Report of the Imperial Institute of Veterinary Research, Muktesar
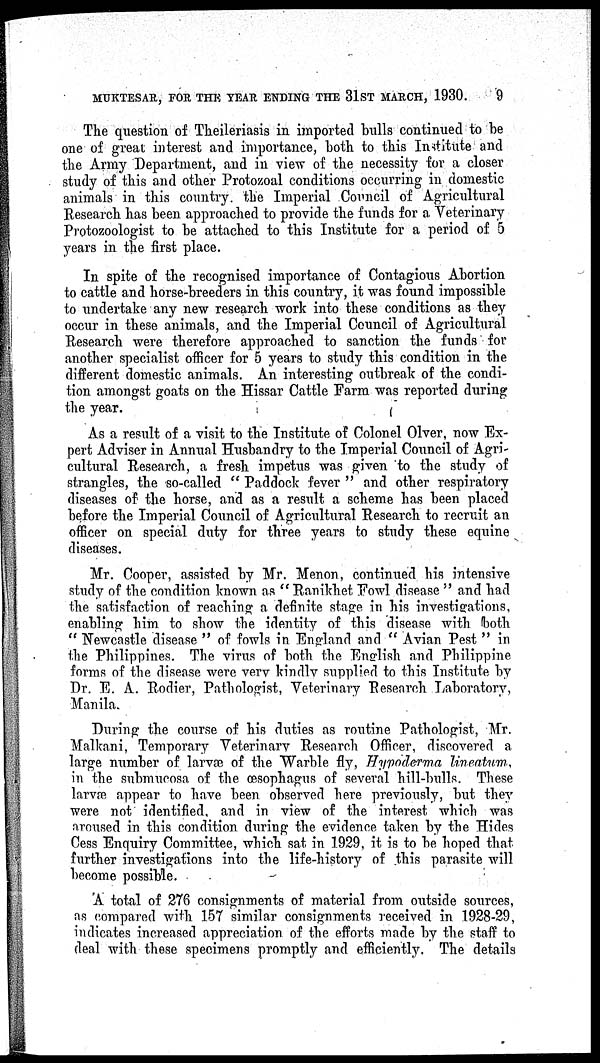
MUKTESAR, FOR THE YEAR ENDING THE 31ST MARCH, 1930.
9
The question of Theileriasis in imported bulls continued to be
one of great interest and importance, both to this Institute and
the Army Department, and in view of the necessity for a closer
study of this and other Protozoal conditions occurring in domestic
animals in this country. the Imperial Council of Agricultural
Research has been approached to provide the funds for a Veterinary
Protozoologist to be attached to this Institute for a period of 5
years in the first place.
In spite of the recognised importance of Contagious Abortion
to cattle and horse-breeders in this country, it was found impossible
to undertake any new research work into these conditions as they
occur in these animals, and the Imperial Council of Agricultural
Research were therefore approached to sanction the funds for
another specialist officer for 5 years to study this condition in the
different domestic animals. An interesting outbreak of the condi-
tion amongst goats on the Hissar Cattle Farm was reported during
the year.
As a result of a visit to the Institute of Colonel Olver, now Ex-
pert Adviser in Annual Husbandry to the Imperial Council of Agri-
cultural Research, a fresh impetus was given to the study of
strangles, the so-called " Paddock fever " and other respiratory
diseases of the horse, and as a result a scheme has been placed
before the Imperial Council of Agricultural Research to recruit an
officer on special duty for three years to study these equine
diseases.
Mr. Cooper, assisted by Mr. Menon, continued his intensive
study of the condition known as " Ranikhet Fowl disease " and had
the satisfaction of reaching a definite stage in his investigations,
enabling him to show the identity of this disease with both
" Newcastle disease " of fowls in England and " Avian Pest " in
the Philippines. The virus of both the English and Philippine
forms of the disease were very kindly supplied to this Institute by
Dr. E. A. Rodier, Pathologist, Veterinary Research Laboratory,
Manila.
During the course of his duties as routine Pathologist, Mr.
Malkani, Temporary Veterinary Research Officer, discovered a
large number of larvæ of the Warble fly, Hypoderma lineatum,
in the submucosa of the œsophagus of several hill-bulls. These
larvæ appear to have been observed here previously, but they
were not identified, and in view of the interest which was
aroused in this condition during the evidence taken by the Hides
Cess Enquiry Committee, which sat in 1929, it is to be hoped that
further investigations into the life-history of this parasite will
become possible.
A total of 276 consignments of material from outside sources,
as compared with 157 similar consignments received in 1928-29,
indicates increased appreciation of the efforts made by the staff to
deal with these specimens promptly and efficiently. The details